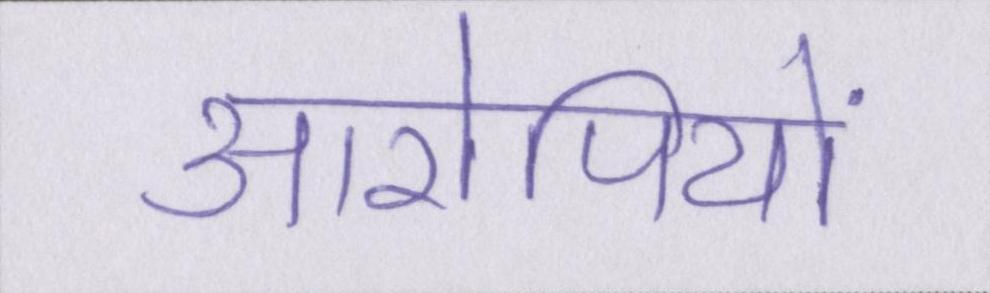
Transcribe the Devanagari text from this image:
आरोपियों